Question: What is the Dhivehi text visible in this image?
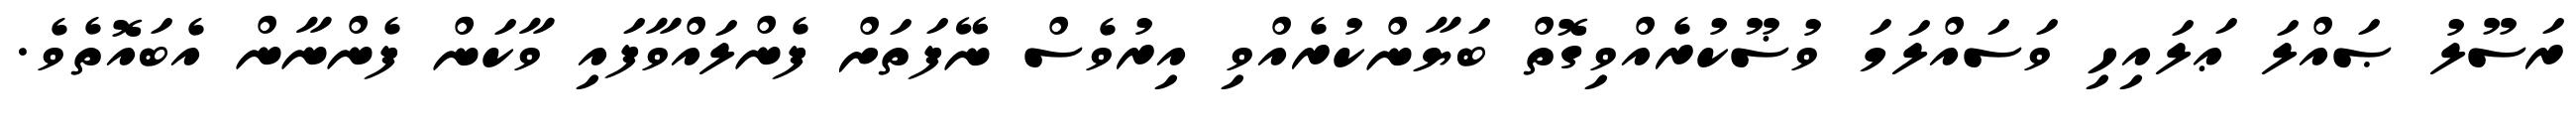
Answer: ރަސޫލު ޞައްލަ ޢަލައިހި ވަސައްލަމަ ވުޟޫކުރެއްވިގޮތް ބަޔާންކުރެއްވި އިރުވެސް ނޭފަތަށް ފެންލައްވާފައި ވާކަން ފެންނާން އެބައޮތެވެ.